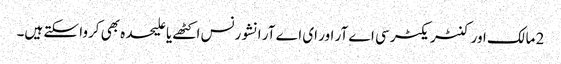
2 مالک اور کنٹریکٹر سی اے آر اور ای اے آر انشورنس اکٹھے یا علیحدہ بھی کروا سکتے ہیں۔